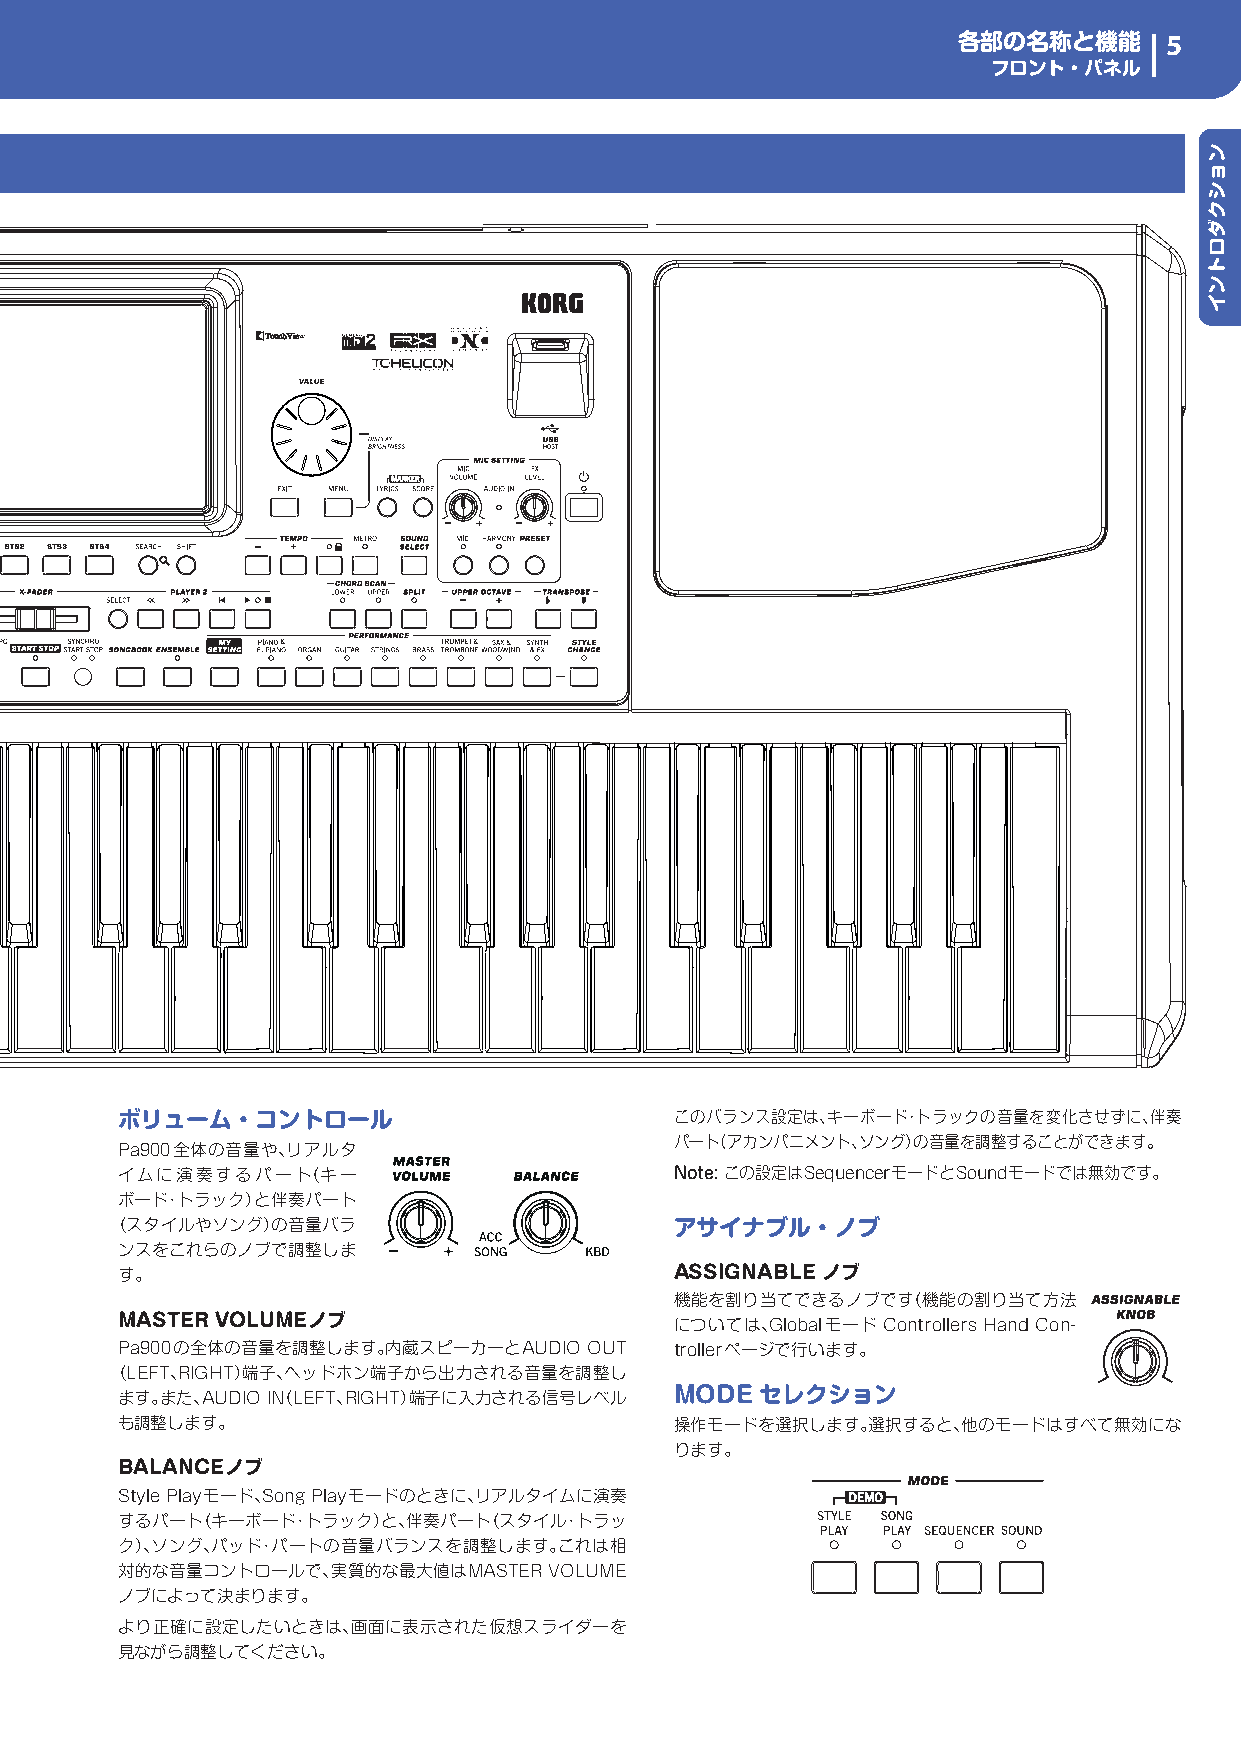
各部の名称と機能      5
 フロント・パネル
 ボリューム・コントロール                         このバランス設定は、キーボード・トラックの音量を変化させずに、伴奏
 パート（アカンパニメント、ソング）の音量を調整することができます。
 Pa900全体の音量や、リアルタ
 イムに演奏するパート（キー                        Note:この設定はSequencerモードとSoundモードでは無効です。
 ボード・トラック）と伴奏パート
 （スタイルやソング）の音量バラ                       アサイナブル・ノブ
 ンスをこれらのノブで調整しま
 す。                                   ASSIGNABLE ノブ
 機能を割り当てできるノブです（機能の割り当て方法
 MASTER VOLUMEノブ                      については、Globalモード Controllers Hand Con-
 Pa900の全体の音量を調整します。内蔵スピーカーとAUDIO OUT  trollerページで行います。
 （LEFT、RIGHT）端子、ヘッドホン端子から出力される音量を調整し
 ます。また、AUDIO IN（LEFT、RIGHT）端子に入力される信号レベル MODEセレクション
 も調整します。                              操作モードを選択します。選択すると、他のモードはすべて無効にな
 ります。
 BALANCEノブ
 Style Playモード、Song Playモードのときに、リアルタイムに演奏
 するパート（キーボード・トラック）と、伴奏パート（スタイル・トラッ
 ク）、ソング、パッド・パートの音量バランスを調整します。これは相
 対的な音量コントロールで、実質的な最大値はMASTER VOLUME
 ノブによって決まります。
 より正確に設定したいときは、画面に表示された仮想スライダーを
 見ながら調整してください。
 ンョシクダロトンイ